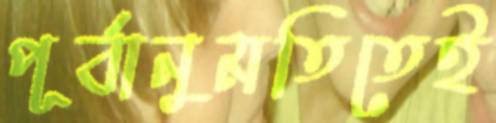
পূর্বানুমতিতেই